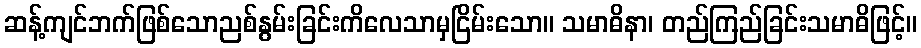
ဆန့်ကျင်ဘက်ဖြစ်သောညစ်နွမ်းခြင်းကိလေသာမှငြိမ်းသော။ သမာဓိနာ၊ တည်ကြည်ခြင်းသမာဓိဖြင့်။